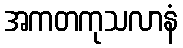
အကတကုသလာနံ